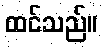
ထင်သည်။